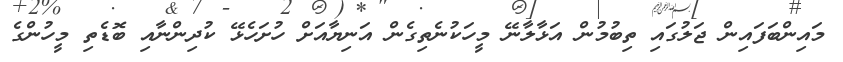
މައިންބަފައިން ޖަލުގައި ތިބުމުން އަޅާލާނޭ މީހަކުނެތިގެން އަނިޔާއަށް ހުށަހެޅޭ ކުދިންނާއި ބޮޑެތި މީހުންގެ